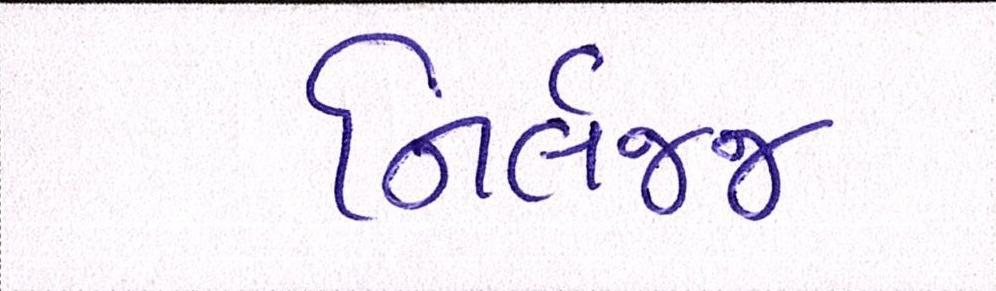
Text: નિર્લજ્જ